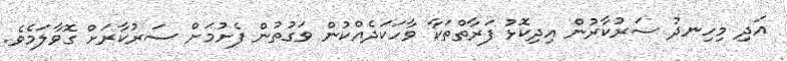
އަދި މިހިނދު ސަރުކާރުން އިދިކޮޅު ފަރާތްތަކާ ވާހަކަދެއްކުން ވަގުތުން ފެށުމަށް ސަރުކާރަށް ގޮވާލަމެވެ.